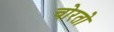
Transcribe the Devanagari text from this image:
चोरतो